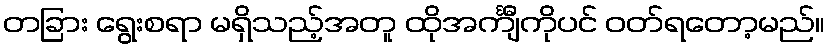
တခြား ရွေးစရာ မရှိသည့်အတူ ထိုအင်္ကျီကိုပင် ဝတ်ရတော့မည်။